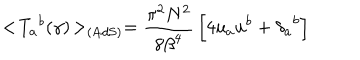
< \! { { T } _ { a } } ^ { b } ( \gamma ) \! > _ { \mathrm { ( A d S ) } } = { \frac { \pi ^ { 2 } N ^ { 2 } } { 8 { \beta } ^ { 4 } } } \left[ 4 u _ { a } u ^ { b } + { { \delta } _ { a } } ^ { b } \right]